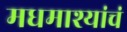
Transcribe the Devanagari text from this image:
मधमाश्यांचं